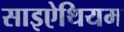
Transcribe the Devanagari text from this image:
साइऐथियम